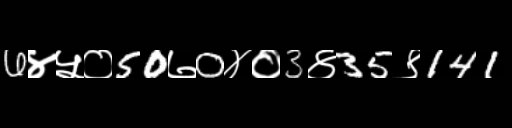
Text: 6४५०50७0४०3४35९141